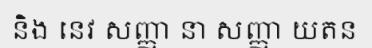
និង នេវ សញ្ញា នា សញ្ញា យតន